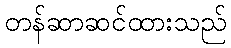
တန်ဆာဆင်ထားသည်